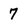
Character: 7